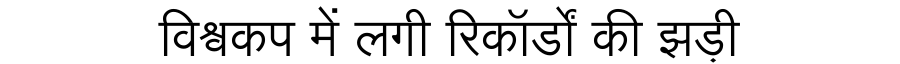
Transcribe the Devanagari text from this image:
विश्वकप में लगी रिकॉर्डों की झड़ी